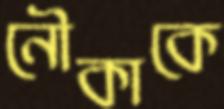
নৌকাকে